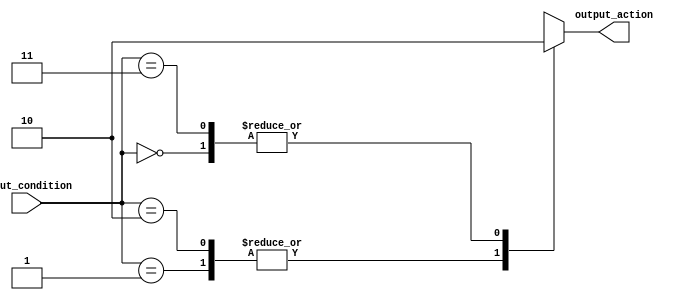
module full_case_statement (
    input wire [1:0] input_condition,
    output reg output_action
);

always @(input_condition) begin
    case (input_condition)
        2'b00:
            output_action <= 0;
        2'b01:
            output_action <= 1;
        2'b10:
            output_action <= 1;
        2'b11:
            output_action <= 0;
        default:
            output_action <= 0;
    endcase
end

endmodule